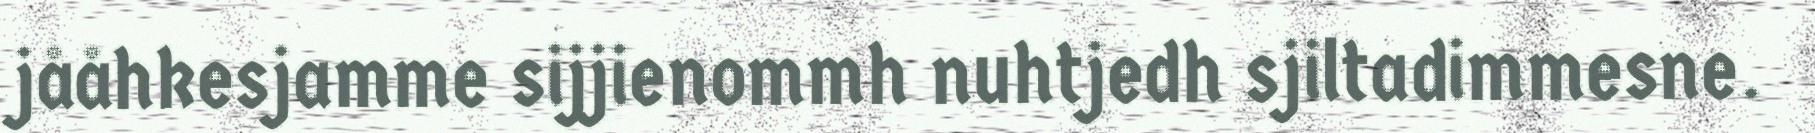
jååhkesjamme sijjienommh nuhtjedh sjiltadimmesne.